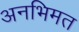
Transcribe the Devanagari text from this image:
अनभिमत